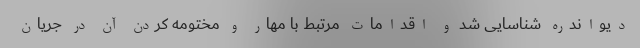
دیواندره شناسایی شد و اقدامات مرتبط با مهار و مختومه کردن آن در جریان